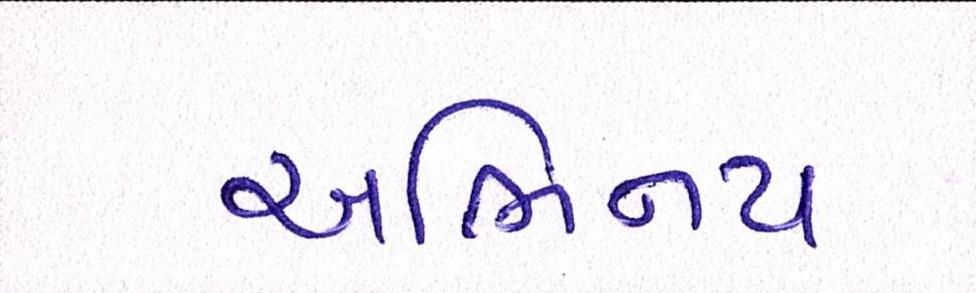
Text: અભિનય